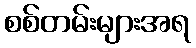
စစ်တမ်းများအရ